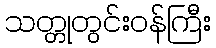
သတ္တုတွင်းဝန်ကြီး